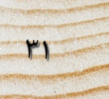
٣١